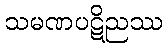
သမဏပဋိညဿ